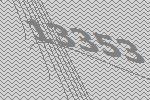
13353